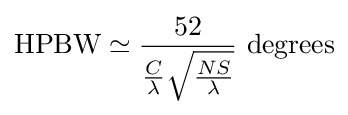
{\text{HPBW}}\simeq {\frac {52}{{\frac {C}{\lambda }}{\sqrt {\frac {NS}{\lambda }}}}}\ {\text{degrees}}